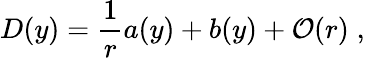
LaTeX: D(y)={\frac{1}{r}}a(y)+b(y)+{\cal O}(r)\; ,